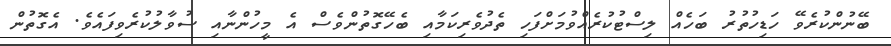
ބޭނުންކުރެވޭ ހަޑިހުތުރު ބަހެއް ލިސްޓުކުރެއްވުމަށްފަހި ތެދުވެރިކަމާއި ބެހޭގޮތުންވެސް އެ މީހުންނާއި ސުވާލުކުރެވިފައެވެ. އެގޮތުން